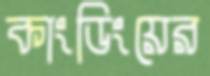
কাংডিংয়ের